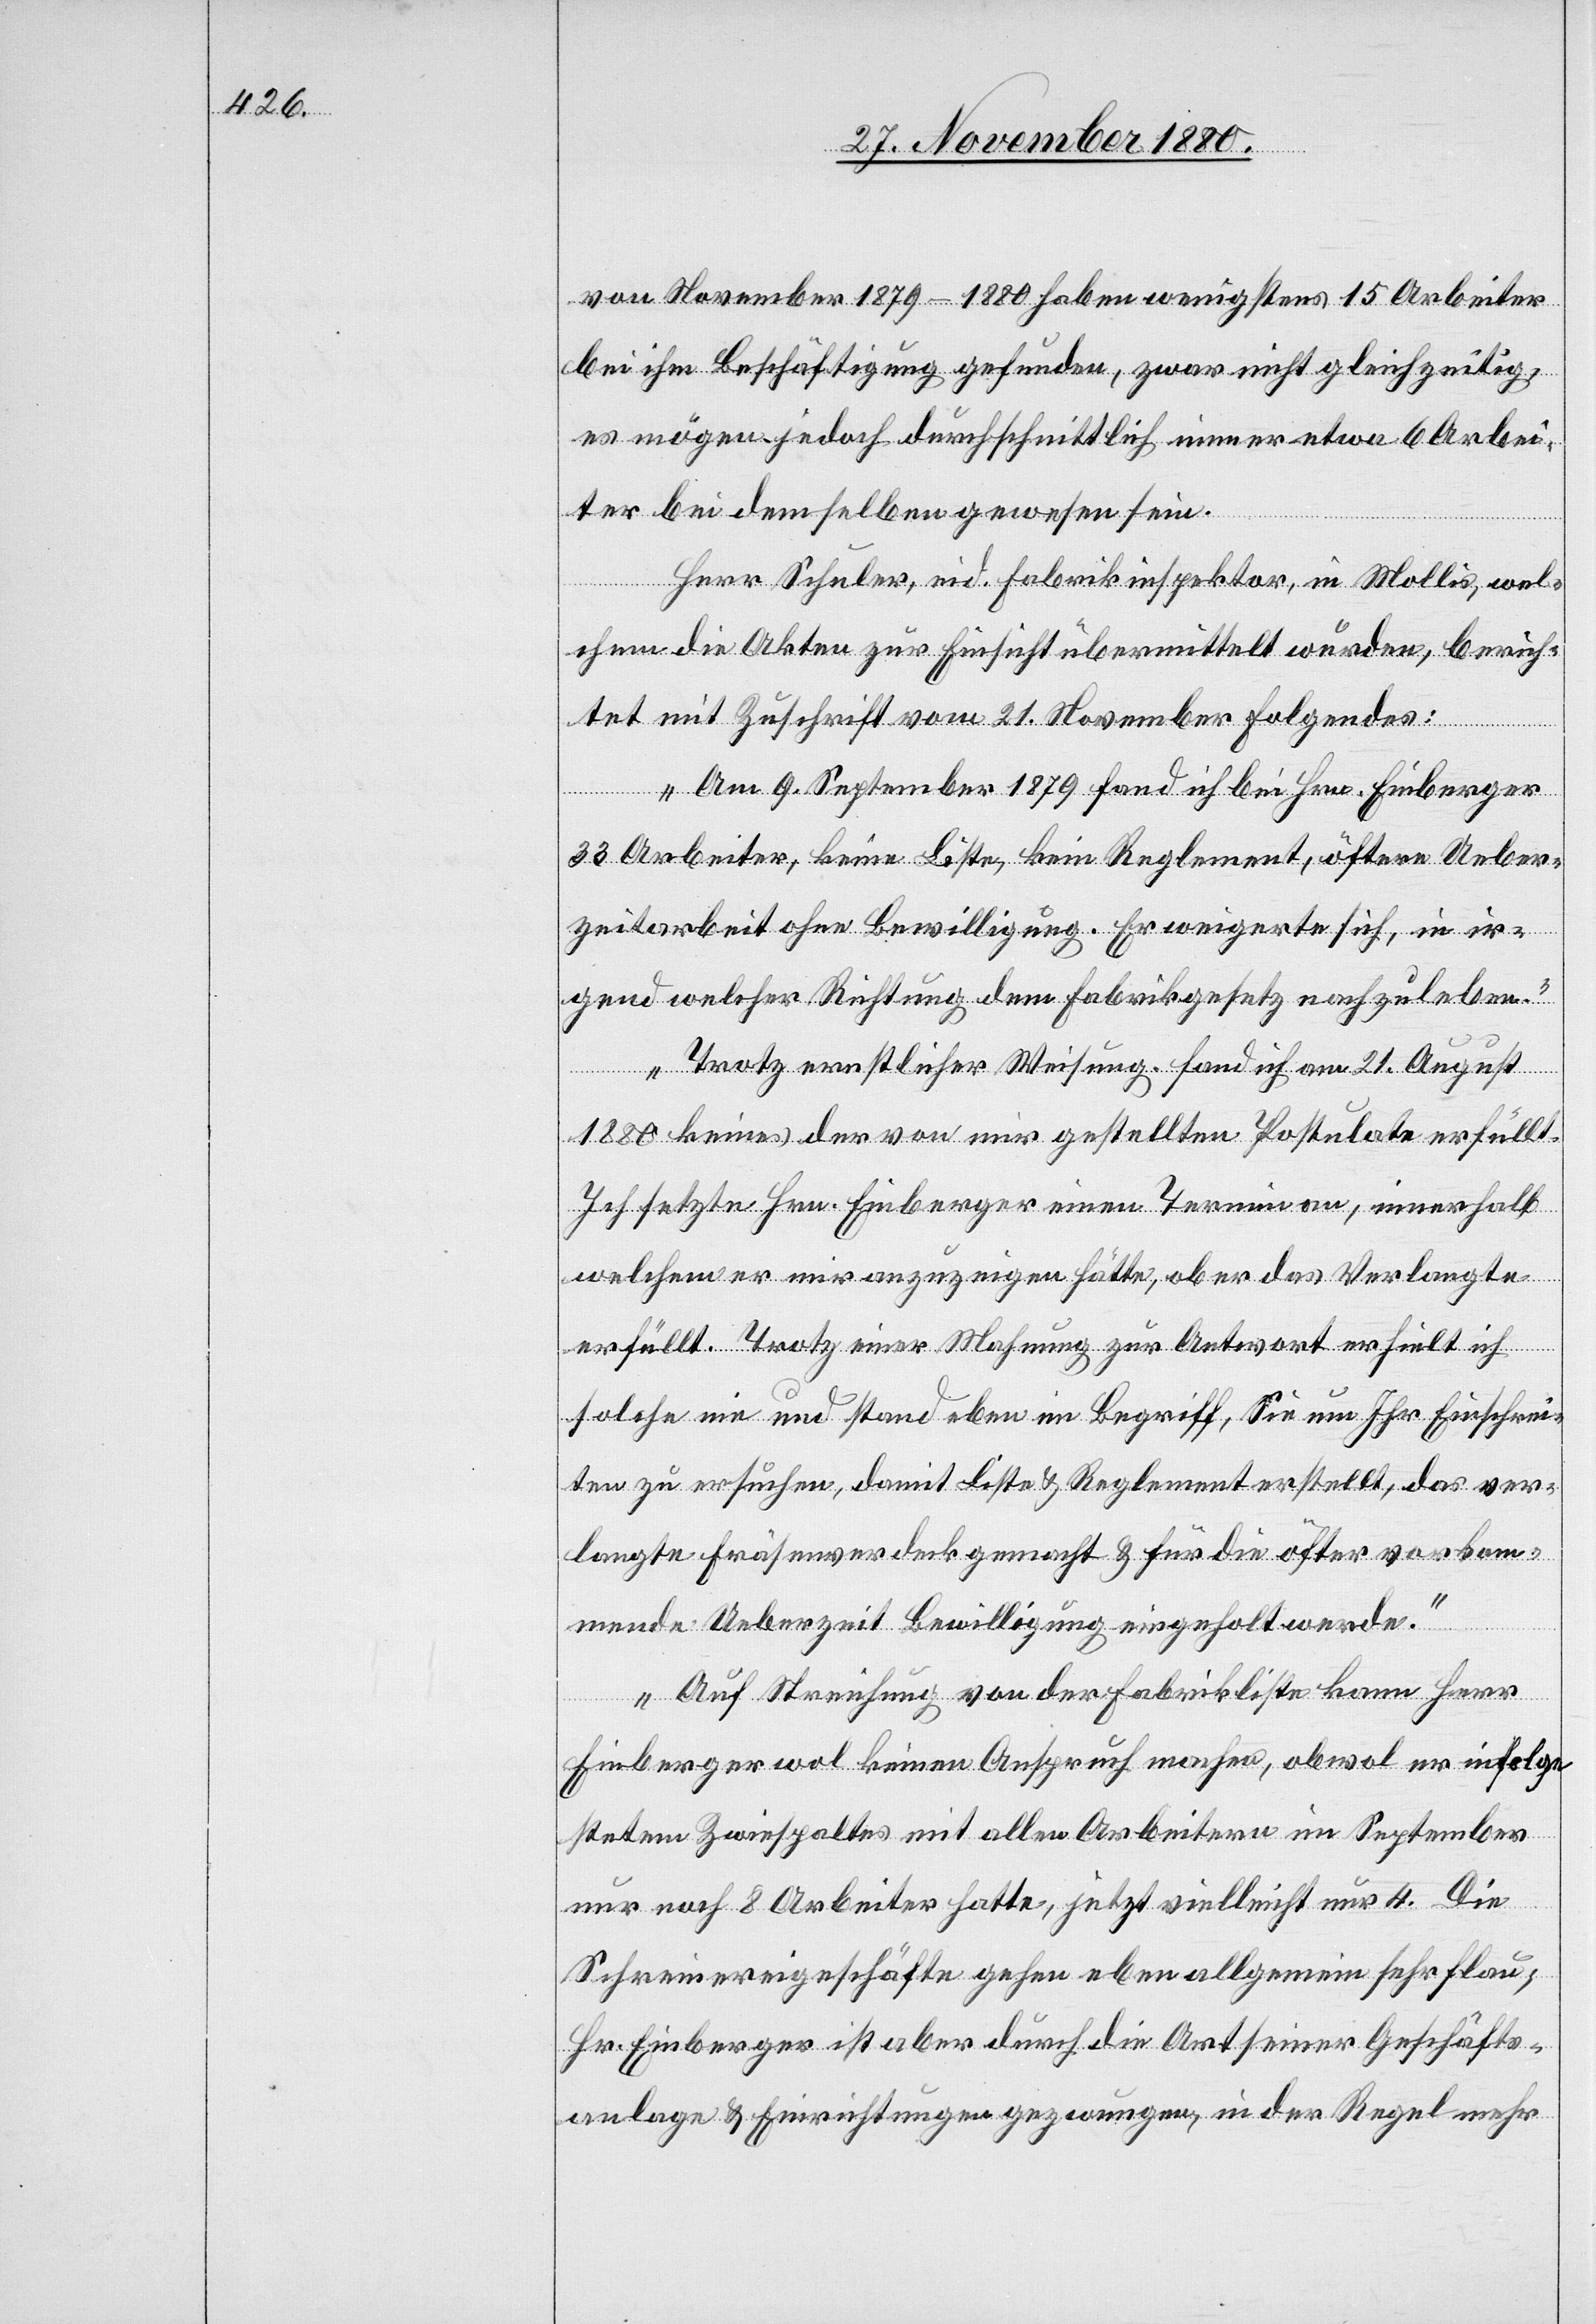
von November 1879–1880 haben wenigstens 15 Arbeiter
bei ihm Beschäftigung gefunden, zwar nicht gleichzeitig,
es mögen jedoch durchschnittlich immer etwa 6 Arbei¬
ter bei demselben gewesen sein.
Herr Schuler, eid. Fabrikinspektor, in Mollis, wel¬
chem die Akten zur Einsicht übermittelt wurden, berich¬
tet mit Zuschrift vom 21. November Folgendes:
„Am 9. September 1879 fand ich bei Hrn. Einberger
33 Arbeiter, keine Liste, kein Reglement, öftere Ueber¬
zeitarbeit ohne Bewilligung. Er weigerte sich, in ir¬
gend welcher Richtung dem Fabrikgesetz nachzuleben.
Trotz ernstlicher Weisung fand ich am 21. August
1880 keines der von mir gestellten Postulate erfüllt.
Ich setzte Hrn. Einberger einen Termin an, innerhalb
welchem er mir anzuzeigen hätte, ob er das Verlangte
erfüllt. Trotz einer Mahnung zur Antwort erhielt ich
solche nie und stand eben im Begriff, Sie um Ihr Einschrei¬
ten zu ersuchen, damit Liste & Reglement erstellt, das ver¬
langte Fräsenverdeck gemacht & für die öfter vorkom¬
mende Ueberzeit Bewilligung eingeholt werde.
Auf Streichung von der Fabrikliste kann Herr
Einberger wol keinen Anspruch machen, obwol er infolge
stetem Zwiespaltes mit allen Arbeitern im September
nur noch 8 Arbeiter hatte, jetzt vielleicht nur 4. Die
Schreinereigeschäfte gehen eben allgemein sehr flau;
Hr. Einberger ist aber durch die Art seiner Geschäfts¬
anlage & Einrichtungen gezwungen, in der Regel mehr